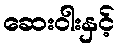
ဆေးဝါးနှင့်